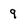
Character: 9